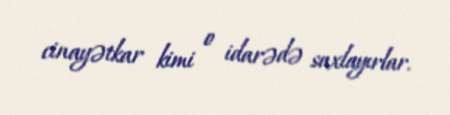
cinayətkar kimi o idarədə saxlayırlar.